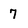
Character: 7